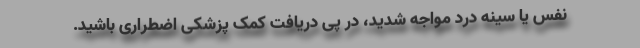
نفس یا سینه درد مواجه شدید، در پی دریافت کمک پزشکی اضطراری باشید.